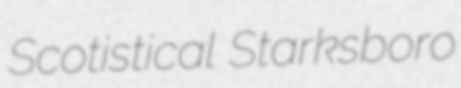
Scotistical Starksboro